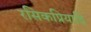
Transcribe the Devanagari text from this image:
रसिकप्रियादि